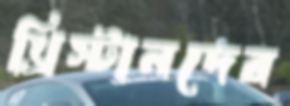
খ্রিস্টানদের